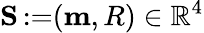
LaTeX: \mathbf{S}\operatorname{\mathrm{:=}}(\mathbf{m},R)\in\mathbb{R}^{4}